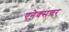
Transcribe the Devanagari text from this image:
एनेक्सचर